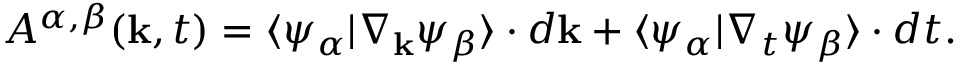
\begin{array} { r } { A ^ { \alpha , \beta } ( { \bf k } , t ) = \langle \psi _ { \alpha } | \nabla _ { \bf k } \psi _ { \beta } \rangle \cdot d { \bf k } + \langle \psi _ { \alpha } | \nabla _ { t } \psi _ { \beta } \rangle \cdot d t . } \end{array}